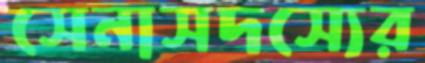
সেনাসদস্যের